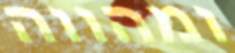
ומהווה